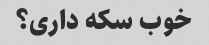
خوب سکه داری؟